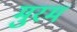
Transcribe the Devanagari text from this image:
मुरम